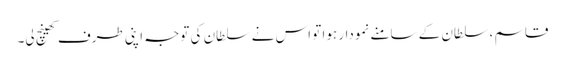
قاسم ، سلطان کے سامنے نمودار ہوا تو اس نے سلطان کی توجہ اپنی طرف کھینچ لی۔